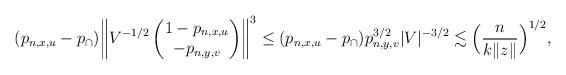
LaTeX: \begin{align*}(p_{n,x,u}-p_\cap) \biggl\|V^{-1/2} \begin{pmatrix} 1-p_{n,x,u} \\ -p_{n,y,v} \end{pmatrix} \biggr\|^{3} \leq (p_{n,x,u}-p_\cap)p_{n,y,v}^{3/2}|V|^{-3/2} \lesssim \Bigl(\frac{n}{k\|z\|}\Bigr)^{1/2},\end{align*}